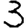
Digit: 3